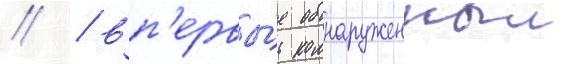
// / вп'ервы́е обнаруженныи